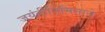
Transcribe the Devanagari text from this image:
जयंतीनिमित्ताने